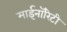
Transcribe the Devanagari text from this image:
माईनॉरिटी